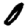
Digit: 0